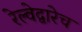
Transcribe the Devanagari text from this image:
रेल्वेद्वारेच